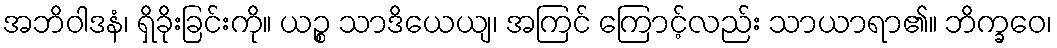
အဘိဝါဒနံ၊ ရှိခိုးခြင်းကို။ ယဉ္စ သာဒိယေယျ၊ အကြင် ကြောင့်လည်း သာယာရာ၏။ ဘိက္ခဝေ၊